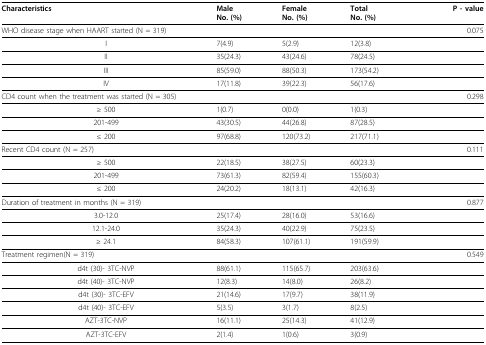
<table><thead><tr><td><b>Characteristics</b></td><td><b>MaleNo. (%)</b></td><td><b>FemaleNo. (%)</b></td><td><b>TotalNo. (%)</b></td><td><b>P - value</b></td></tr></thead><tbody><tr><td>WHO disease stage when HAART started (N = 319)</td><td></td><td></td><td></td><td>0.075</td></tr><tr><td>I</td><td>7(4.9)</td><td>5(2.9)</td><td>12(3.8)</td><td></td></tr><tr><td>II</td><td>35(24.3)</td><td>43(24.6)</td><td>78(24.5)</td><td></td></tr><tr><td>III</td><td>85(59.0)</td><td>88(50.3)</td><td>173(54.2)</td><td></td></tr><tr><td>IV</td><td>17(11.8)</td><td>39(22.3)</td><td>56(17.6)</td><td></td></tr><tr><td>CD4 count when the treatment was started (N = 305)</td><td></td><td></td><td></td><td>0.298</td></tr><tr><td>≥ 500</td><td>1(0.7)</td><td>0(0.0)</td><td>1(0.3)</td><td></td></tr><tr><td>201-499</td><td>43(30.5)</td><td>44(26.8)</td><td>87(28.5)</td><td></td></tr><tr><td>≤ 200</td><td>97(68.8)</td><td>120(73.2)</td><td>217(71.1)</td><td></td></tr><tr><td>Recent CD4 count (N = 257)</td><td></td><td></td><td></td><td>0.111</td></tr><tr><td>≥ 500</td><td>22(18.5)</td><td>38(27.5)</td><td>60(23.3)</td><td></td></tr><tr><td>201-499</td><td>73(61.3)</td><td>82(59.4)</td><td>155(60.3)</td><td></td></tr><tr><td>≤ 200</td><td>24(20.2)</td><td>18(13.1)</td><td>42(16.3)</td><td></td></tr><tr><td>Duration of treatment in months (N = 319)</td><td></td><td></td><td></td><td>0.877</td></tr><tr><td>3.0-12.0</td><td>25(17.4)</td><td>28(16.0)</td><td>53(16.6)</td><td></td></tr><tr><td>12.1-24.0</td><td>35(24.3)</td><td>40(22.9)</td><td>75(23.5)</td><td></td></tr><tr><td>≥ 24.1</td><td>84(58.3)</td><td>107(61.1)</td><td>191(59.9)</td><td></td></tr><tr><td>Treatment regimen(N = 319)</td><td></td><td></td><td></td><td>0.549</td></tr><tr><td>d4t (30)- 3TC-NVP</td><td>88(61.1)</td><td>115(65.7)</td><td>203(63.6)</td><td></td></tr><tr><td>d4t (40)- 3TC-NVP</td><td>12(8.3)</td><td>14(8.0)</td><td>26(8.2)</td><td></td></tr><tr><td>d4t (30)- 3TC-EFV</td><td>21(14.6)</td><td>17(9.7)</td><td>38(11.9)</td><td></td></tr><tr><td>d4t (40)- 3TC-EFV</td><td>5(3.5)</td><td>3(1.7)</td><td>8(2.5)</td><td></td></tr><tr><td>AZT-3TC-NVP</td><td>16(11.1)</td><td>25(14.3)</td><td>41(12.9)</td><td></td></tr><tr><td>AZT-3TC-EFV</td><td>2(1.4)</td><td>1(0.6)</td><td>3(0.9)</td><td></td></tr></tbody></table>